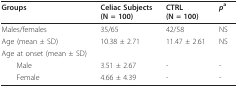
| Groups | Celiac Subjects(N = 100) | CTRL(N = 100) | pa |
 | --- | --- | --- | --- |
 | Males/females | 35/65 | 42/58 | NS |
 | Age (mean ± SD) | 10.38 ± 2.71 | 11.47 ± 2.61 | NS |
 | Age at onset (mean ± SD) |  |  |  |
 | Male | 3.51 ± 2.67 | - | - |
 | Female | 4.66 ± 4.39 | - | - |